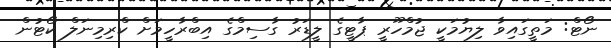
ނޯޓް: މަތީގައިވާ ލިޔުމަކީ ޖުމްހޫރީ ޕާޓީގެ ލީޑަރު ގާސިމްގެ އިބްރާހީމަށް ކްރިމިނަލް ކޯޓުން